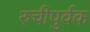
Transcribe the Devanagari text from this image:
रुचीपुर्वक